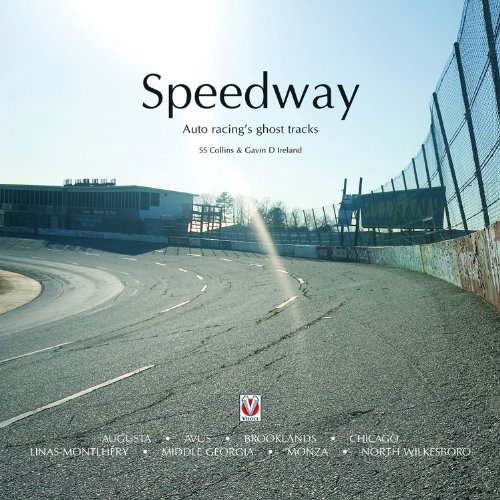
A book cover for Speedway: Auto Racing's Ghost Tracks; S. S. Collins; Sports & Outdoors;